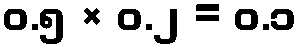
၀.၅ × ၀.၂ = ၀.၁